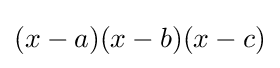
(x-a)(x-b)(x-c)